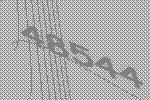
48544